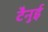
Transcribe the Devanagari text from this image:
टैनुई